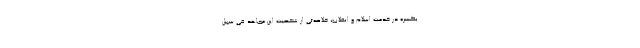
یکسره در خدمت اسلام و انقلاب، خلاصه‌ئی از شخصیت این مجاهد فی سبیل